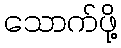
သောက်ဖို့